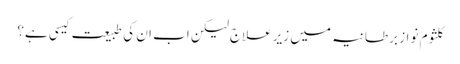
کلثوم نواز برطانیہ میں زیرعلاج لیکن اب ان کی طبیعت کیسی ہے؟